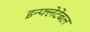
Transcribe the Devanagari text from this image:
इन्फ्लेटेबल